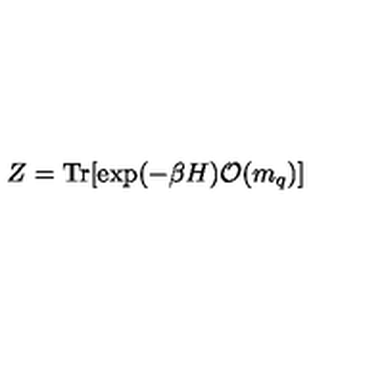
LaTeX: Z = \mathrm { T r } [ \exp ( - \beta H ) { \cal O } ( m _ { q } ) ]